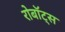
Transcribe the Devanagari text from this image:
रोबॉट्स